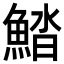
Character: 𩷽